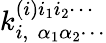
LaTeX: k_{i,\, \, \alpha_{1}\alpha_{2}\cdots}^{(i)i_{1}i_{2}\cdots}